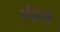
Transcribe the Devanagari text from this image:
मंड़ल